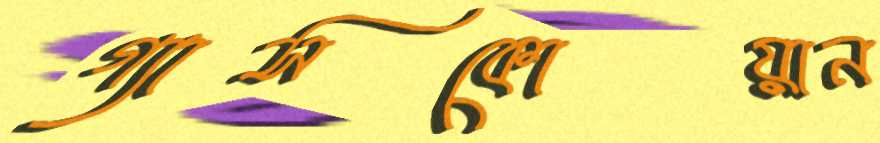
গ্যাসকোয়ান